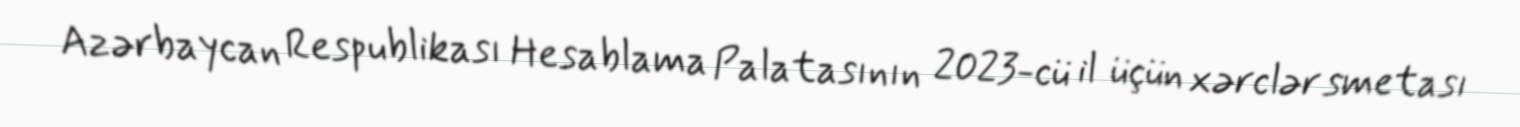
Azərbaycan Respublikası Hesablama Palatasının 2023-cü il üçün xərclər smetası